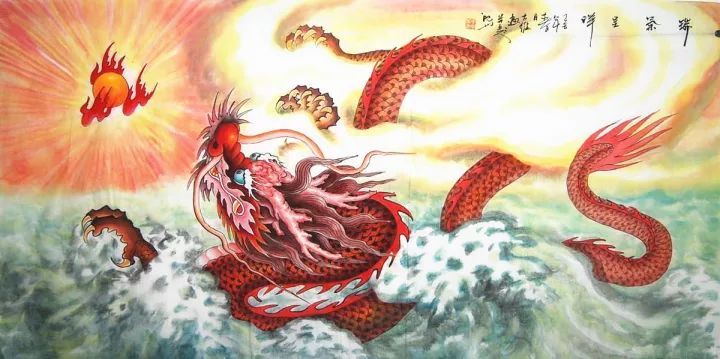
龙嘘气成云，云固弗灵于龙也。